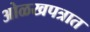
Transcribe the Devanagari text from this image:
ओळखपत्रात